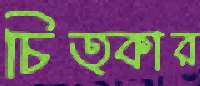
চিত্কার